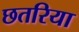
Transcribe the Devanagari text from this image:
छतरिया